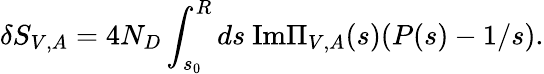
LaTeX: \delta S_{V,A}=4N_{D}\int_{s_{0}}^{R}ds~\mathrm{Im}\Pi_{V,A}(s)(P(s)-1/s).